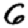
Digit: 6